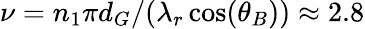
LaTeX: \nu=n_{1}\pi d_{G}/(\lambda_{r}\cos(\theta_{B}))\approx 2.8